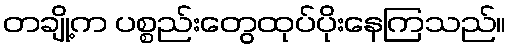
တချို့က ပစ္စည်းတွေထုပ်ပိုးနေကြသည်။